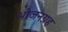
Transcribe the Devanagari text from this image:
भोजनग्रह